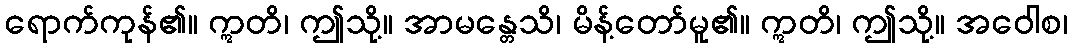
ရောက်ကုန်၏။ ဣတိ၊ ဤသို့။ အာမန္တေသိ၊ မိန့်တော်မူ၏။ ဣတိ၊ ဤသို့။ အဝေါစ၊